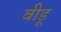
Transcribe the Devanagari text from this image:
वीडू